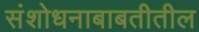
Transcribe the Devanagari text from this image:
संशोधनाबाबतीतील